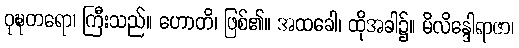
ဝုဍ္ဎတရော၊ ကြီးသည်။ ဟောတိ၊ ဖြစ်၏။ အထခေါ၊ ထိုအခါ၌။ မိလိန္ဒေါရာဇာ၊